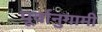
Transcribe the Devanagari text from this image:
पूर्वानुगामी